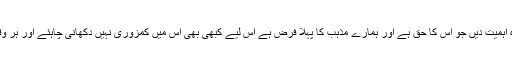
ہم پر فرض ہے کہ نماز کو وہ اہمیت دیں جو اس کا حق ہے اور ہمارے مذہب کا پہلا فرض ہے اس لیے کبھی بھی اس میں کمزوری نہیں دکھانی چاہئے اور ہر وقت اس کو فوقیت دینی چاہئے۔